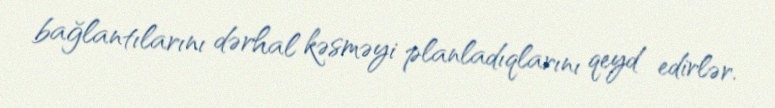
bağlantılarını dərhal kəsməyi planladıqlarını qeyd edirlər.